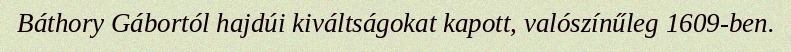
Báthory Gábortól hajdúi kiváltságokat kapott, valószínűleg 1609-ben.